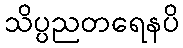
သိပ္ပညတရေနပိ